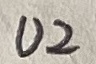
Text: U2